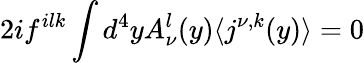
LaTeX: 2if^{ilk}\int d^{4}yA_{\nu}^{l}(y)\langle j^{\nu,k}(y)\rangle=0